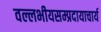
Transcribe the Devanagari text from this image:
वल्लभीयसम्प्रदायाचार्य